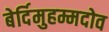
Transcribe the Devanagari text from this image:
बेर्दिमुहम्मदोव